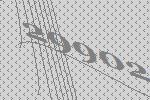
29902